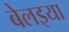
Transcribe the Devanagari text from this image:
बेलइया